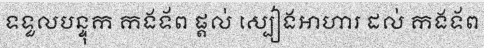
ទទួលបន្ទុក កងទ័ព ផ្តល់ ស្បៀងអាហារ ដល់ កងទ័ព